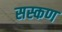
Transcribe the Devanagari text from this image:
सस्कण